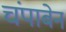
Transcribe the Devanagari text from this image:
चंपाबेन